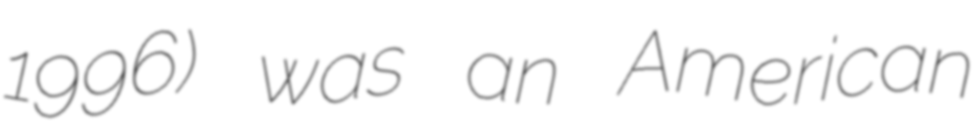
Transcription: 1996) was an American